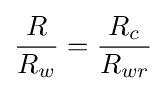
{\frac {R}{R_{w}}}={\frac {R_{c}}{R_{wr}}}